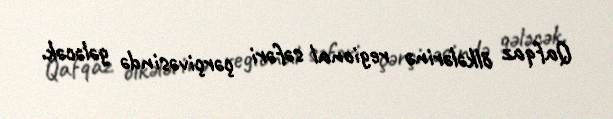
Qafqaz ölkələrinə regional səfəri çərçivəsində gələcək.